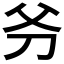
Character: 𠛈